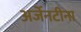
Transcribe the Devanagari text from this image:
अर्जेनटीना